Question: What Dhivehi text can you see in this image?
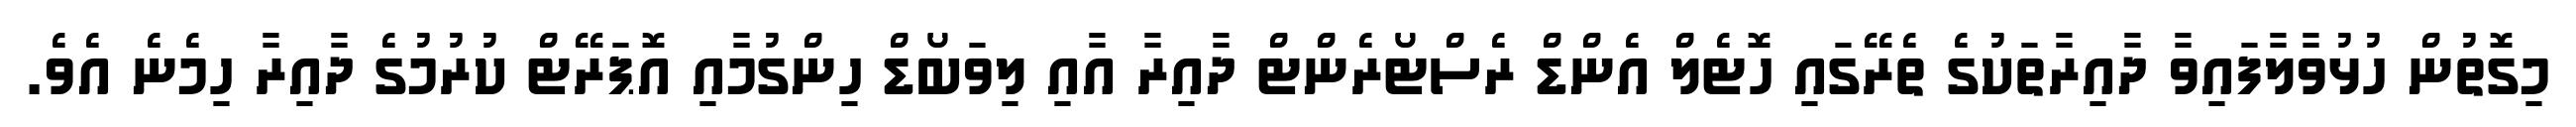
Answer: މިގޮތުން ހުޅުވާލާފައިވާ ދާއިރާތަކުގެ ތެރޭގައި ހޮޓެލް އެންޑް ރެސްޓޯރެންޓް ދާއިރާ އާއި ލިވަބޯޑް ހިންގުމާއި އޮޕަރޭޓް ކުރުމުގެ ދާއިރާ ހިމެނެ އެވެ.